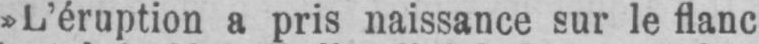
»L’éruption a pris naissance sur le flanc